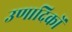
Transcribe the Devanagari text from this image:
उणादिकों